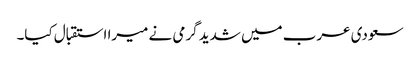
سعودی عرب میں شدید گرمی نے میرا استقبال کیا۔